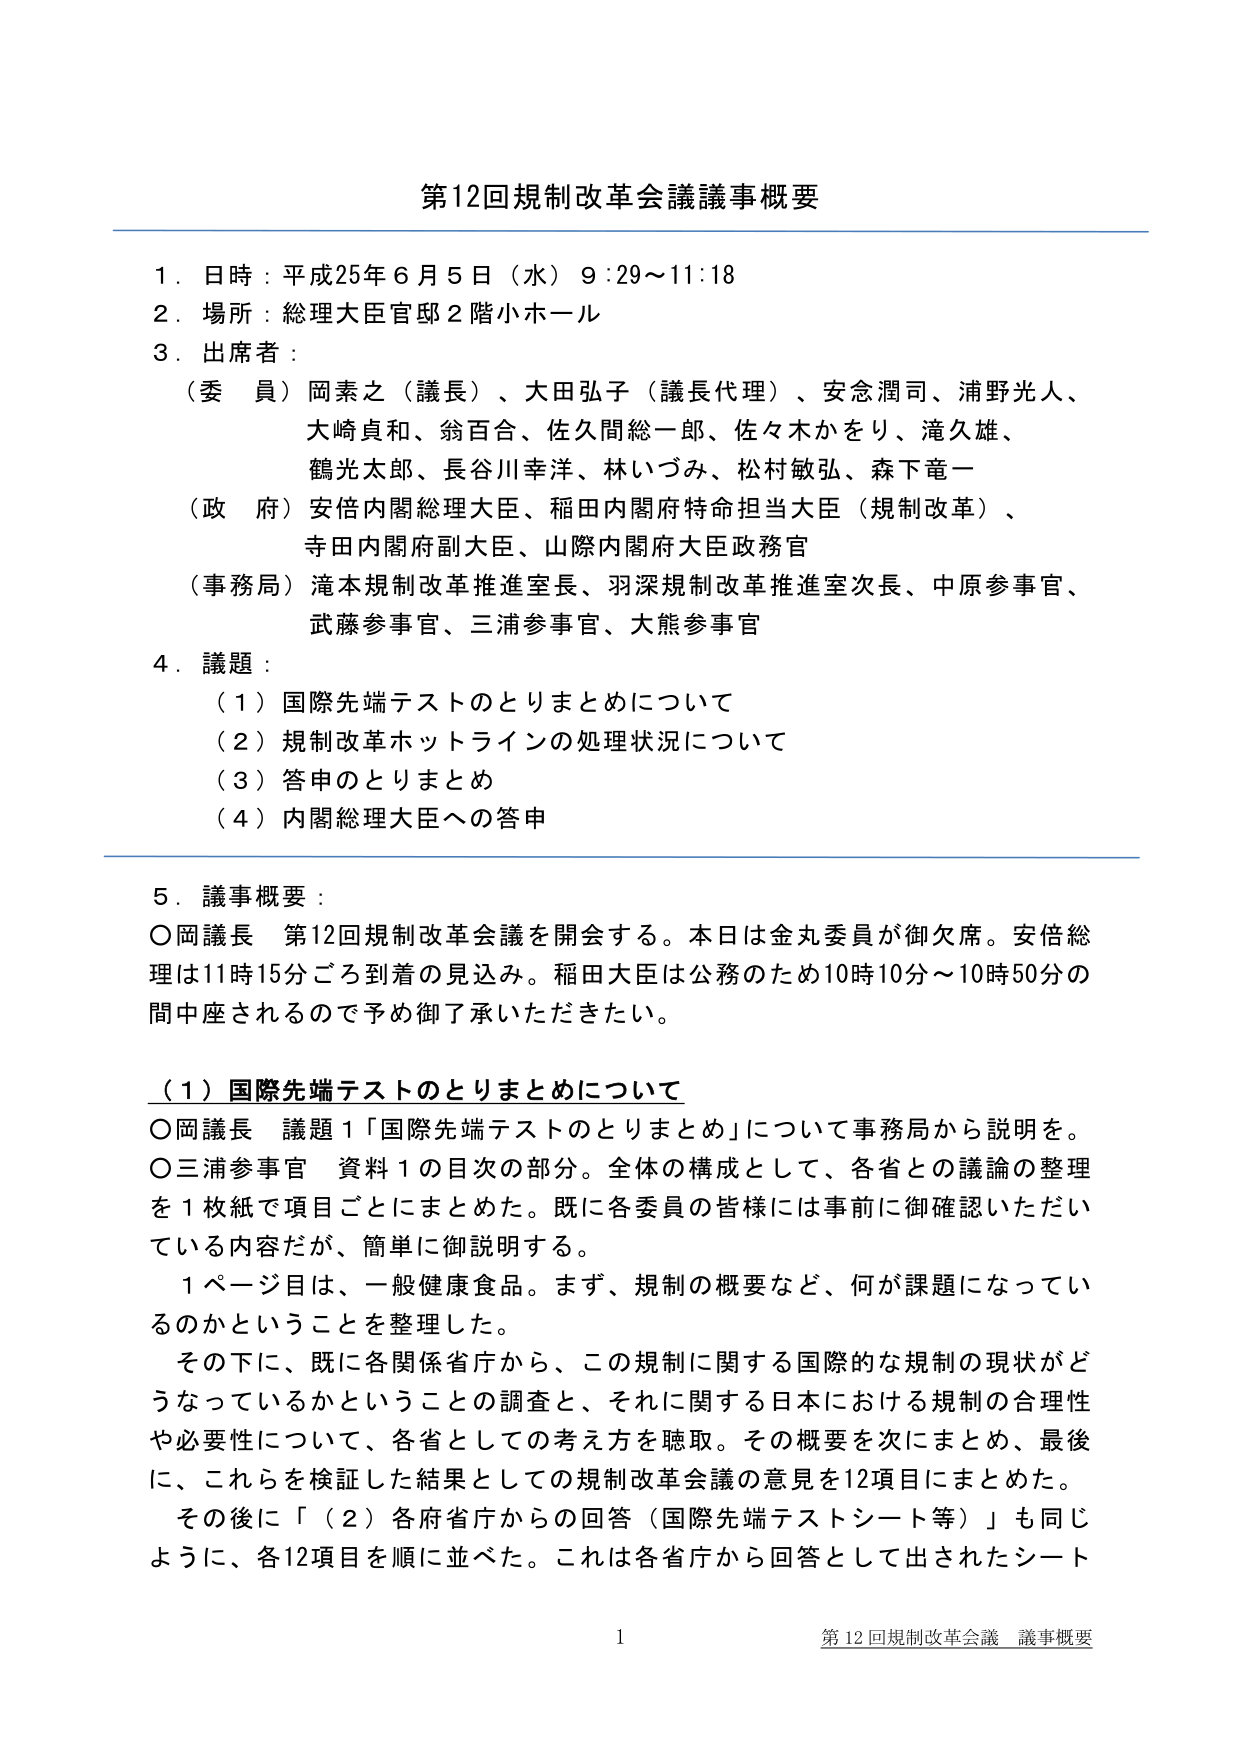
第12回規制改革会議議事概要

1．日時：平成25年6月5日（水）9:29～11:18
2．場所：総理大臣官邸2階小ホール
3．出席者：
　（委員）岡素之（議長）、大田弘子（議長代理）、安念潤司、浦野光人、
　　　　　大崎貞和、翁百合、佐久間総一郎、佐々木かをり、滝久雄、
　　　　　鶴光太郎、長谷川幸洋、林いづみ、松村敏弘、森下竜一
　（政府）安倍内閣総理大臣、稲田内閣府特命担当大臣（規制改革）、
　　　　　寺田内閣府副大臣、山際内閣府大臣政務官
　（事務局）滝本規制改革推進室長、羽深規制改革推進室次長、中原参事官、
　　　　　武藤参事官、三浦参事官、大熊参事官

4．議題：
　（1）国際先端テストのとりまとめについて
　（2）規制改革ホットラインの処理状況について
　（3）答申のとりまとめ
　（4）内閣総理大臣への答申

5．議事概要：
　○岡議長　第12回規制改革会議を開会する。本日は金丸委員が御欠席。安倍総理は11時15分ごろ到着の見込み。稲田大臣は公務のため10時10分～10時50分の間中座されるので予め御了承いただきたい。

　（1）国際先端テストのとりまとめについて
　○岡議長　議題1「国際先端テストのとりまとめ」について事務局から説明を。
　○三浦参事官　資料1の目次部分。全体の構成として、各省との議論の整理を1枚紙で項目ごとにまとめた。既に各委員の皆様には事前に御確認いただいている内容だが、簡単に御説明する。
　　1ページ目は、一般健康食品。まず、規制の概要など、何が課題になっているのかということを整理した。
　　その下に、既に各関係省庁から、この規制に関する国際的な規制の現状がどうなっているかということの調査と、それに関する日本における規制の合理性や必要性について、各省としての考え方を聴取。その概要を次にまとめ、最後に、これらを検証した結果としての規制改革会議の意見を12項目にまとめた。
　　その後に「（2）各府省庁からの回答（国際先端テストシート等）」も同じように、各12項目を順に並べた。これは各省庁から回答として出されたシート

1
第12回規制改革会議 議事概要